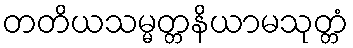
တတိယသမ္မတ္တနိယာမသုတ္တံ